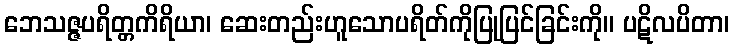
ဘေသဇ္ဇပရိတ္တကိရိယာ၊ ဆေးတည်းဟူသောပရိတ်ကိုပြုပြင်ခြင်းကို။ ပဋိလပိတာ၊